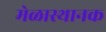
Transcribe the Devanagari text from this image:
मेळास्थानक